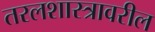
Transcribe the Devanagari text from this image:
तरलशास्त्रावरील